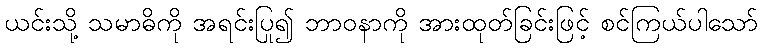
ယင်းသို့ သမာဓိကို အရင်းပြု၍ ဘာဝနာကို အားထုတ်ခြင်းဖြင့် စင်ကြယ်ပါသော်